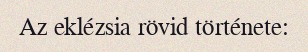
Az eklézsia rövid története: